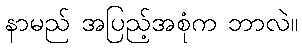
နာမည် အပြည့်အစုံက ဘာလဲ။